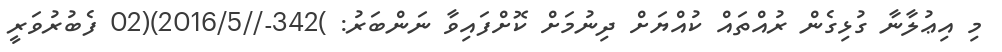
މި އިޢުލާނާ ގުޅިގެން ރުއްތައް ކުއްޔަށް ދިނުމަށް ކޮށްފައިވާ ނަންބަރު: )342-//2016/5)(02 ފެބުރުވަރީ